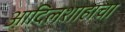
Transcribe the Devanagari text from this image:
आदिलशाहाचा